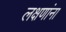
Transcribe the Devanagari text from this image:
लक्षणांना